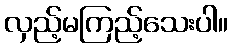
လှည့်မကြည့်သေးပါ။